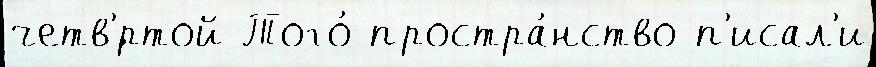
четв'́ртой Того́ простра́нство п'исал'и